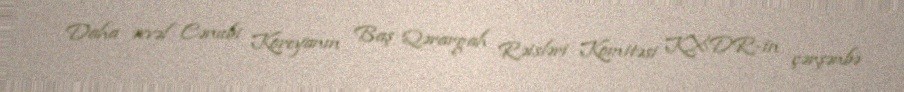
Daha əvvəl Cənubi Koreyanın Baş Qərargah Rəisləri Komitəsi KXDR-in çərşənbə